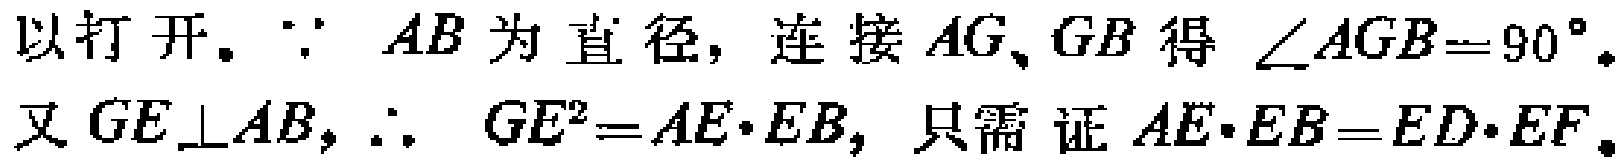
以打开。$\because AB$为直径，连接$AG、GB$得$\angle AGB = 90^{\circ}$。又$GE\perp AB$，$\therefore GE^{2}=AE\cdot EB$，只需证$AE\cdot EB = ED\cdot EF$。